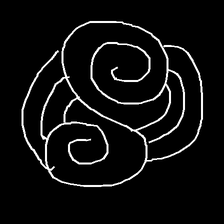
Glyph: wind-underfoot